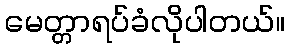
မေတ္တာရပ်ခံလိုပါတယ်။